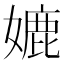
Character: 㜙